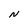
Character: N